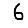
Digit: 6